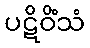
ပဋိဝိံသံ